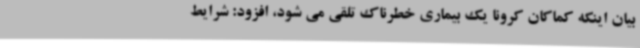
بیان اینکه کماکان کرونا یک بیماری خطرناک تلقی می شود، افزود: شرایط